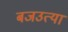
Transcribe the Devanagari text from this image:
बजउत्या